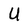
Character: U